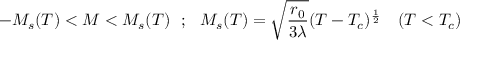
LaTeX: - M _ { s } ( T ) < M < M _ { s } ( T ) ~ ~ ; ~ ~ M _ { s } ( T ) = \sqrt { \frac { r _ { 0 } } { 3 \lambda } } ( T - T _ { c } ) ^ { \frac { 1 } { 2 } } ~ ~ ~ ( T < T _ { c } )